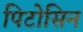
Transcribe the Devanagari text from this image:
पिटोसिन